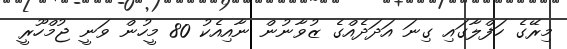
މިރޭގެ ހަފްލާގައި ގިނަ އަދަދެއްގެ ޒުވާނުން ނާއިއެކު 80 މީހުން ވަނީ ޖުމްހޫރީ